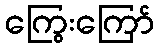
ကြွေးကြော်